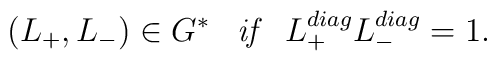
(L_{+},L_{-})\in G^{*}\;\;\;\mbox{\it{if}} \;\;\; L_{+}^{diag}L_{-}^{diag}=1.